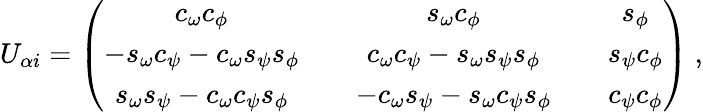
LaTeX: U_{\alpha i}=\left(\begin{array}{ccccc}{{c_{\omega}c_{\phi}}}&{{}}&{{s_{\omega}c_{\phi}}}&{{}}&{{s_{\phi}}}\\ {{-s_{\omega}c_{\psi}-c_{\omega}s_{\psi}s_{\phi}}}&{{}}&{{c_{\omega}c_{\psi}-s_{\omega}s_{\psi}s_{\phi}}}&{{}}&{{s_{\psi}c_{\phi}}}\\ {{s_{\omega}s_{\psi}-c_{\omega}c_{\psi}s_{\phi}}}&{{}}&{{-c_{\omega}s_{\psi}-s_{\omega}c_{\psi}s_{\phi}}}&{{}}&{{c_{\psi}c_{\phi}}}\end{array}\right)\ ,